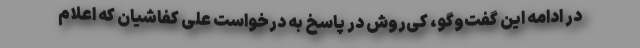
در ادامه این گفت‌وگو، کی‌روش در پاسخ به درخواست علی کفاشیان که اعلام